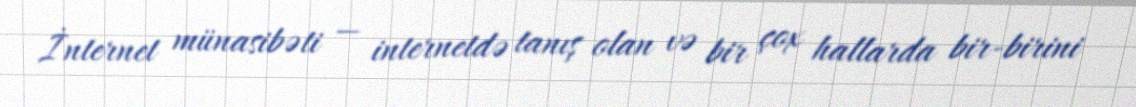
İnternet münasibəti — internetdə tanış olan və bir çox hallarda bir-birini